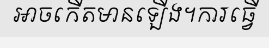
អាចកើតមានឡើង។ការធ្វើ